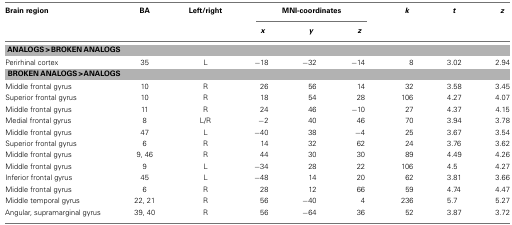
| Brain region | BA | Left/right | <COLSPAN=3> MNI-coordinates | k | t | z |
 |  |  |  | x | y | z |  |  |  |
 | --- | --- | --- | --- | --- | --- | --- | --- | --- |
 | <COLSPAN=9> ANALOGS > BROKEN ANALOGS |
 | Perirhinal cortex | 35 | L | −18 | −32 | −14 | 8 | 3.02 | 2.94 |
 | <COLSPAN=9> BROKEN ANALOGS > ANALOGS |
 | Middle frontal gyrus | 10 | R | 26 | 56 | 14 | 32 | 3.58 | 3.45 |
 | Superior frontal gyrus | 10 | R | 18 | 54 | 28 | 106 | 4.27 | 4.07 |
 | Middle frontal gyrus | 11 | R | 24 | 46 | −10 | 27 | 4.37 | 4.15 |
 | Medial frontal gyrus | 8 | L/R | −2 | 40 | 46 | 70 | 3.94 | 3.78 |
 | Middle frontal gyrus | 47 | L | −40 | 38 | −4 | 25 | 3.67 | 3.54 |
 | Superior frontal gyrus | 6 | R | 14 | 32 | 62 | 24 | 3.76 | 3.62 |
 | Middle frontal gyrus | 9, 46 | R | 44 | 30 | 30 | 89 | 4.49 | 4.26 |
 | Middle frontal gyrus | 9 | L | −34 | 28 | 22 | 106 | 4.5 | 4.27 |
 | Inferior frontal gyrus | 45 | L | −48 | 14 | 20 | 62 | 3.81 | 3.66 |
 | Middle frontal gyrus | 6 | R | 28 | 12 | 66 | 59 | 4.74 | 4.47 |
 | Middle temporal gyrus | 22, 21 | R | 56 | −40 | 4 | 236 | 5.7 | 5.27 |
 | Angular, supramarginal gyrus | 39, 40 | R | 56 | −64 | 36 | 52 | 3.87 | 3.72 |